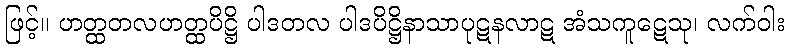
ဖြင့်။ ဟတ္ထတလဟတ္ထပိဋ္ဌိ ပါဒတလ ပါဒပိဋ္ဌိနာသာပုဋနလာဋ အံသကူဋေသု၊ လက်ဝါး